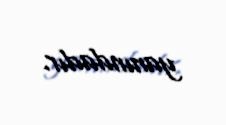
yanındadır.